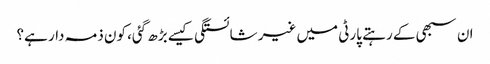
ان سبھی کے رہتے پارٹی میں غیر شائستگی کیسے بڑھ گئی، کون ذمہ دار ہے؟